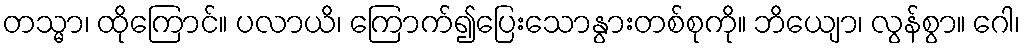
တသ္မာ၊ ထိုကြောင်။ ပလာယိ၊ ကြောက်၍ပြေးသောနွားတစ်စုကို။ ဘိယျော၊ လွန်စွာ။ ဂေါ၊